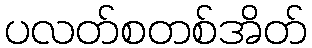
ပလတ်စတစ်အိတ်